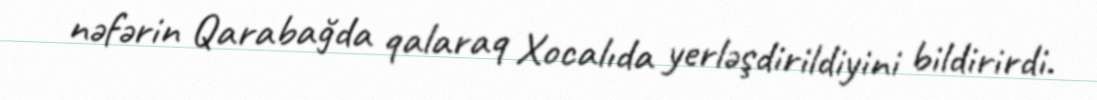
nəfərin Qarabağda qalaraq Xocalıda yerləşdirildiyini bildirirdi.